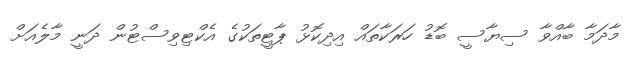
މާދަމާ ބާއްވާ ސިޔާސީ ބޮޑު ހަރަކާތައް އިދިކޮޅު ޕާޓީތަކުގެ އެކްޓިވިސްޓުން ދަނީ މާލެއަށް